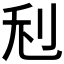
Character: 𠛦